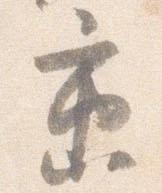
京